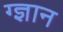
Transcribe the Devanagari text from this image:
ग्ज्ञान